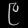
Digit: ၉